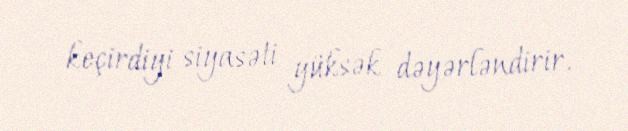
keçirdiyi siyasəti yüksək dəyərləndirir.